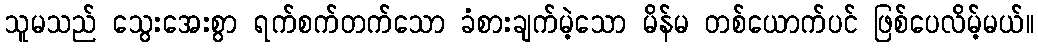
သူမသည် သွေးအေးစွာ ရက်စက်တက်သော ခံစားချက်မဲ့သော မိန်မ တစ်ယောက်ပင် ဖြစ်ပေလိမ့်မယ်။